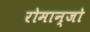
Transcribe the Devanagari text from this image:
रोमान्जो